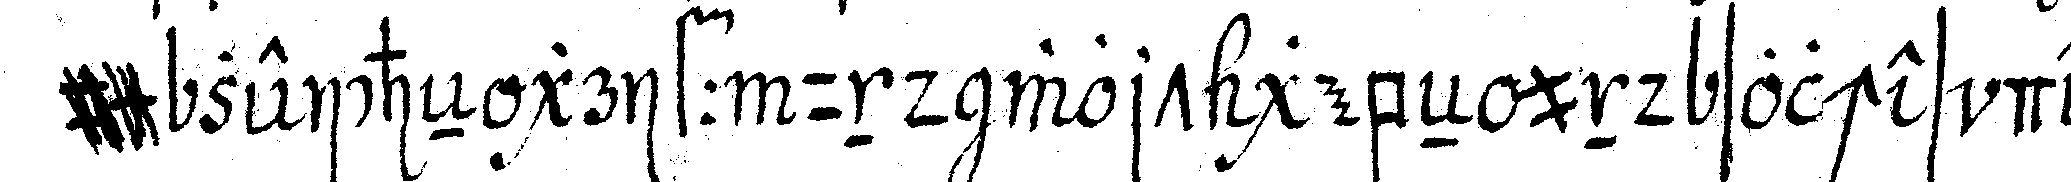
zeicheN griff und wort gebeN und solches dem